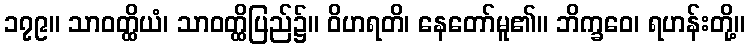
၁၇၉။ သာဝတ္ထိယံ၊ သာဝတ္ထိပြည်၌။ ဝိဟရတိ၊ နေတော်မူ၏။ ဘိက္ခဝေ၊ ရဟန်းတို့။